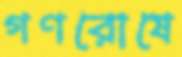
গণরোষে